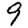
Digit: 9